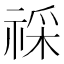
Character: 𥚖